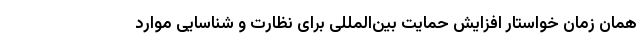
همان زمان خواستار افزایش حمایت بین‌المللی برای نظارت و شناسایی موارد